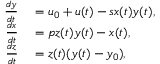
\begin{array} { r l } { \frac { d y } { d t } } & { { } = u _ { 0 } + u ( t ) - s x ( t ) y ( t ) , } \\ { \frac { d x } { d t } } & { { } = p z ( t ) y ( t ) - x ( t ) , } \\ { \frac { d z } { d t } } & { { } = z ( t ) ( y ( t ) - y _ { 0 } ) , } \end{array}